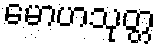
မောဟသုတ္တ